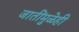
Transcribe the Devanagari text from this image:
जातींमुळेही